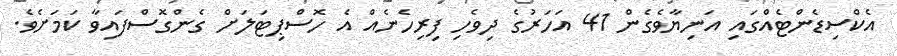
އެކްސިޑެންޓެއްގައި އަނިޔާވެގެން 41 އަހަރުގެ ދިވެހި ފިރިހެނެއް އެ ހޮސްޕިޓަލަށް ގެންގޮސްފައިވާ ކަމަށެވެ.